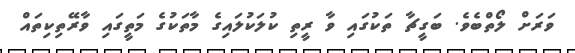
ވަރަށް ލޯތްބެވެ. ބަގީޗާ ތަކުގައި ވާ ރީތި ކުލަކުލައިގެ މާތަކުގެ މަތީގައި ވާރޭތިކިތައް